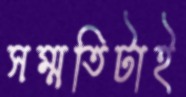
সম্মতিটাই